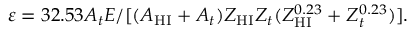
\varepsilon = 3 2 . 5 3 A _ { t } E / [ ( A _ { \mathrm { H I } } + A _ { t } ) Z _ { \mathrm { H I } } Z _ { t } ( Z _ { \mathrm { H I } } ^ { 0 . 2 3 } + Z _ { t } ^ { 0 . 2 3 } ) ] .